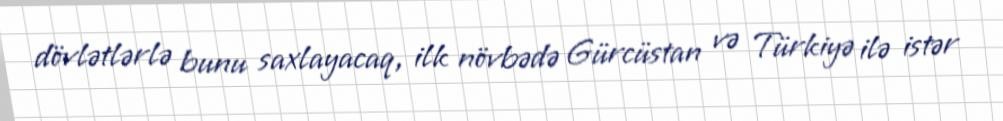
dövlətlərlə bunu saxlayacaq, ilk növbədə Gürcüstan və Türkiyə ilə istər